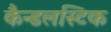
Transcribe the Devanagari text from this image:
कैन्डलस्टिक